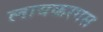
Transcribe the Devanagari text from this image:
लायकरगस